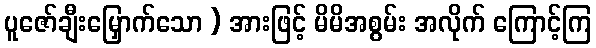
ပူဇော်ချီးမြှောက်သော ) အားဖြင့် မိမိအစွမ်း အလိုက် ကြောင့်ကြ